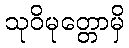
သုဝိမုတ္တောမှိ